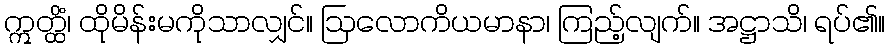
ဣတ္ထိံ၊ ထိုမိန်းမကိုသာလျှင်။ ဩလောကိယမာနာ၊ ကြည့်လျက်။ အဋ္ဌာသိ၊ ရပ်၏။